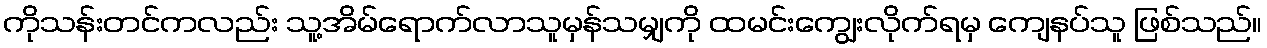
ကိုသန်းတင်ကလည်း သူ့အိမ်ရောက်လာသူမှန်သမျှကို ထမင်းကျွေးလိုက်ရမှ ကျေနပ်သူ ဖြစ်သည်။